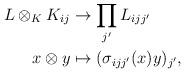
LaTeX: \begin{align*} L \otimes_K K_{ij} &\rightarrow \prod_{j'} L_{ijj'}\\x \otimes y &\mapsto (\sigma_{ijj'}(x)y)_{j'},\end{align*}